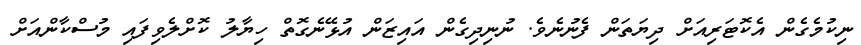
ނިކުމެގެން އެކޮޓަރިއަށް ދިޔަތަން ފެނުނެވެ. ނުނިދިގެން އައިޒަން އުޅޭނެގޮތް ހިޔާލު ކޮށްލެވިފައި މުސްކާންއަށް